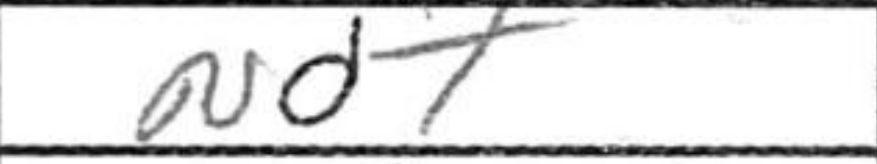
Transcription: Nd7